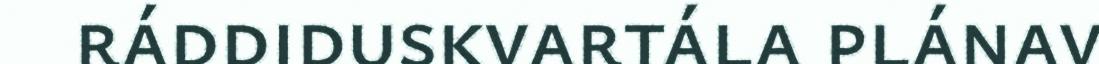
ráddiduskvartála plánav